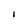
Character: I